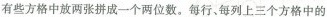
有些方格中放两张拼成一个两位数。每行、每列上三个方格中的